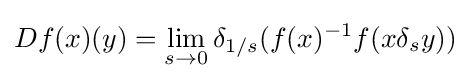
Df(x)(y)=\lim _{s\to 0}\delta _{1/s}(f(x)^{-1}f(x\delta _{s}y))